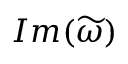
I m ( \widetilde { \omega } )